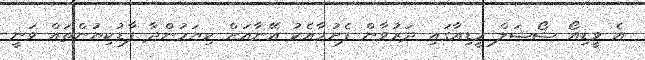
އެ ވީޑިއޯ ޝޯޝަލް މީޑިއާގައި ދަރުވާން ފެށުމާއެކު އޭނާއަށް ކިޔަމުންދާ ފާޑުކިޔުންތައް ވަނީ